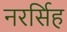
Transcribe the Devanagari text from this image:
नरर्सिह